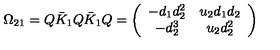
\Omega _ { 2 1 } = Q \bar { K } _ { 1 } Q \bar { K } _ { 1 } Q = \left( \begin{array} { c c } { - d _ { 1 } d _ { 2 } ^ { 2 } } & { u _ { 2 } d _ { 1 } d _ { 2 } } \\ { - d _ { 2 } ^ { 3 } } & { u _ { 2 } d _ { 2 } ^ { 2 } } \\ \end{array} \right)